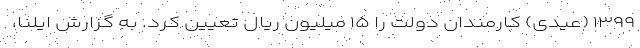
۱۳۹۹ (عیدی) کارمندان دولت را ۱۵ میلیون ریال تعیین کرد. به گزارش ایلنا،